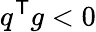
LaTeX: q^{\textsf{T}}g<0